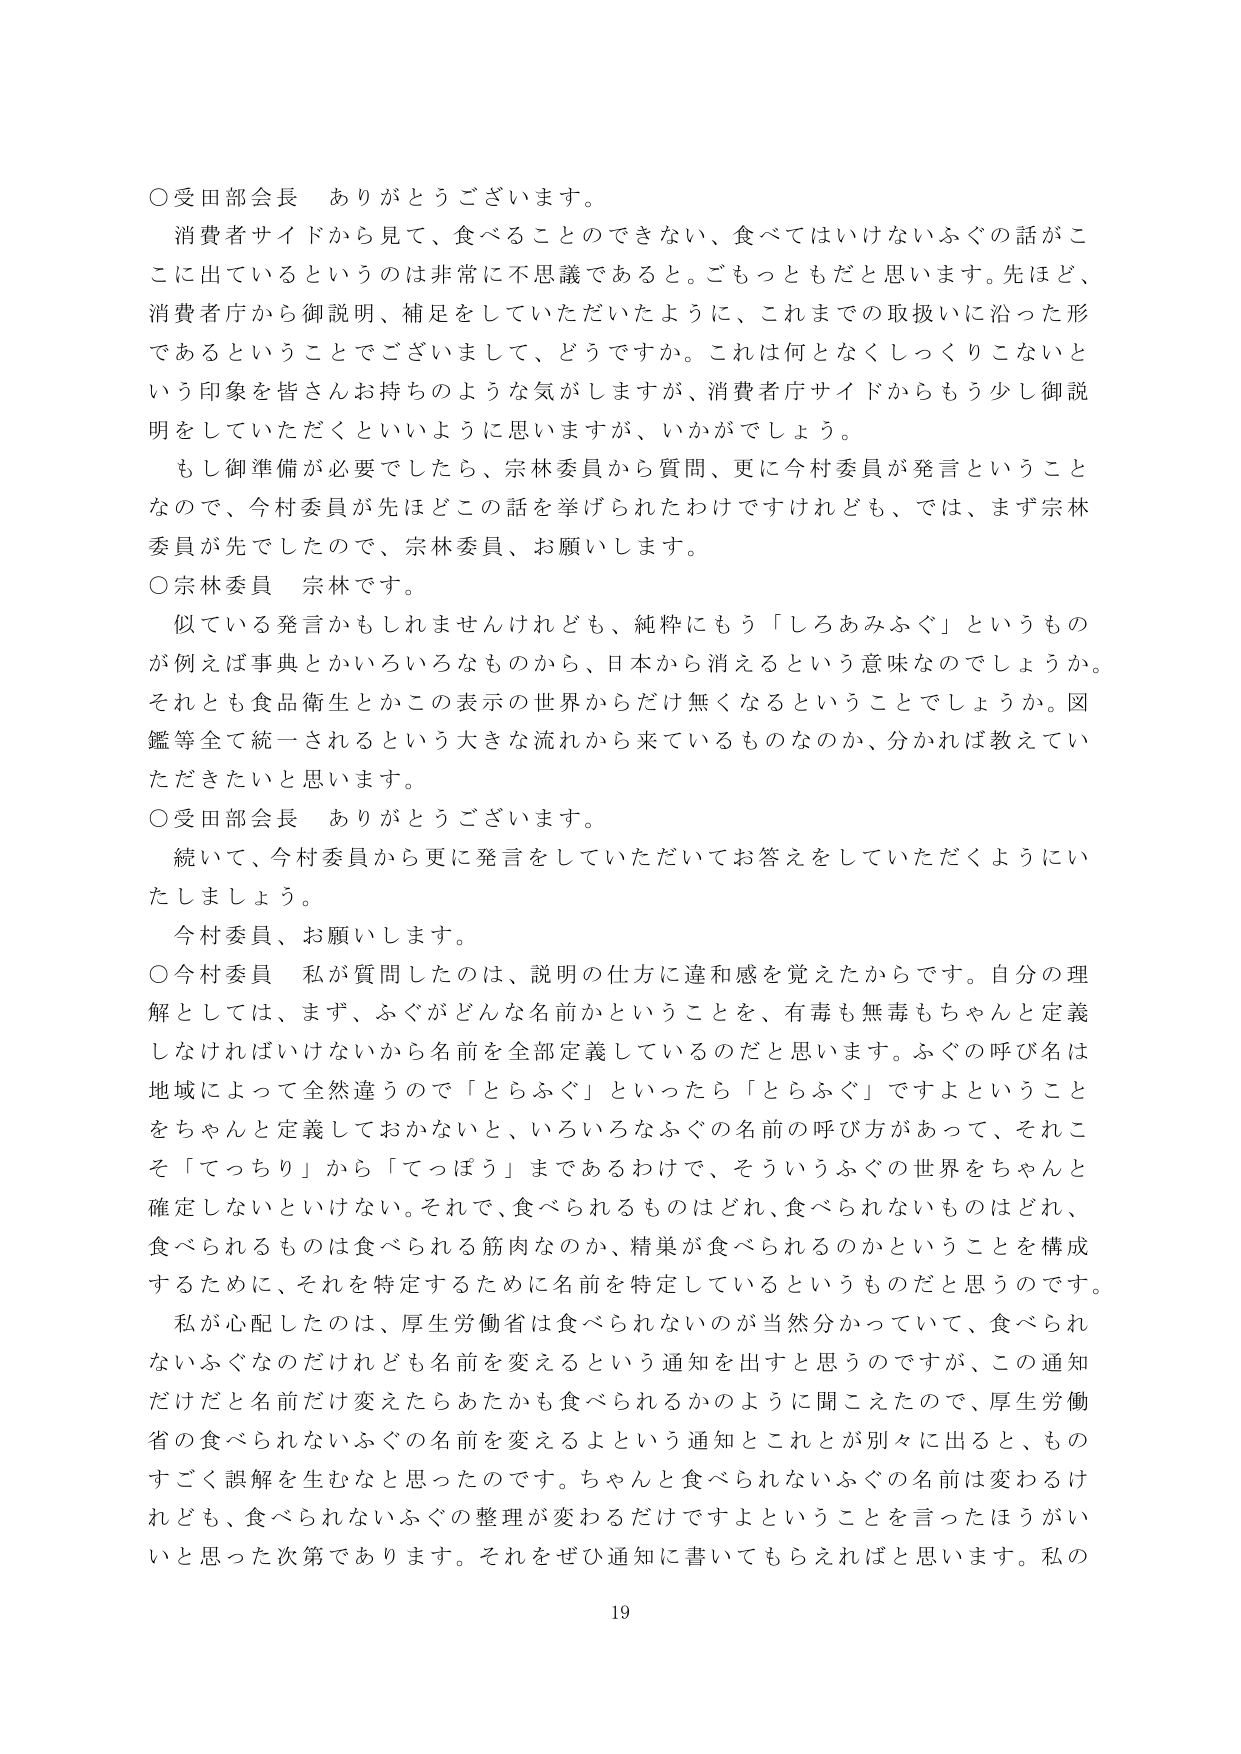
○受田部会長　ありがとうございます。
消費者サイドから見て、食べることのできない、食べてはいけないふぐの話がここに出ているというのは非常に不思議であると。ごもっともだと思います。先ほど、消費者庁から御説明、補足をしていただいたように、これまでの取扱いに沿った形であるということでございまして、どうですか。これは何となくしっくりこないという印象を皆さんお持ちのような気がしますが、消費者庁サイドからもう少し御説明をしていただくといいように思いますか、いかがでしょう。
もし御準備が必要でしたら、宗林委員から質問、更に今村委員が発言ということなので、今村委員が先ほどどの話を挙げられたわけですけれども、では、まず宗林委員が先でしたので、宗林委員、お願いします。
○宗林委員　宗林です。
似ている発言かもしれませんが、純粋にもう「しろあみふぐ」というものが例えば事典とかいろいろなものから、日本から消えるという意味なのでしょうか。それとも食品衛生とかこの表示の世界からだけ無くなるということでしょうか。図鑑等全て統一されるという大きな流れから来ているものなのか、分かれば教えていただきたいと思います。
○受田部会長　ありがとうございます。
続いて、今村委員から更に発言をしていただいてお答えをしていただくようにいたしましょう。
今村委員、お願いします。
○今村委員　私が質問したのは、説明の仕方に違和感を覚えたからです。自分の理解としては、まず、ふぐがどんな名前かということを、有毒も無毒もちゃんと定義しなければいけないから名前を全部定義しているのだと思います。ふぐの呼び名は地域によって全然違うので「とらふぐ」といったら「とらふぐ」ですよということをちゃんと定義しておかないと、いろいろなふぐの名前の呼び方があって、それこそ「てっちり」から「てっぽう」まであるわけで、そういうふぐの世界をちゃんと確定しないといけない。それで、食べられるものはどれ、食べられないものはどれ、食べられるものは食べられる筋肉なのか、精巣が食べられるのかということを構成するために、それを特定するために名前を特定しているというものです。
私が心配したのは、厚生労働省は食べられないのが当然分かっていて、食べられないふぐなのだけれども名前を変えるという通知を出すと思うのですが、この通知だだと名前だけ変えたらあたかも食べられるかのように聞こえたので、厚生労働省の食べられないふぐの名前を変えるよという通知とこれが別々に出ると、ものすごく誤解を生むなと思ったのです。ちゃんと食べられないふぐの名前は変わるけれども、食べられないふぐの整理が変わるだけですよということを言ったほうがいいと思った次第であります。それをぜひ通知に書いてもらえればと思います。私の
19